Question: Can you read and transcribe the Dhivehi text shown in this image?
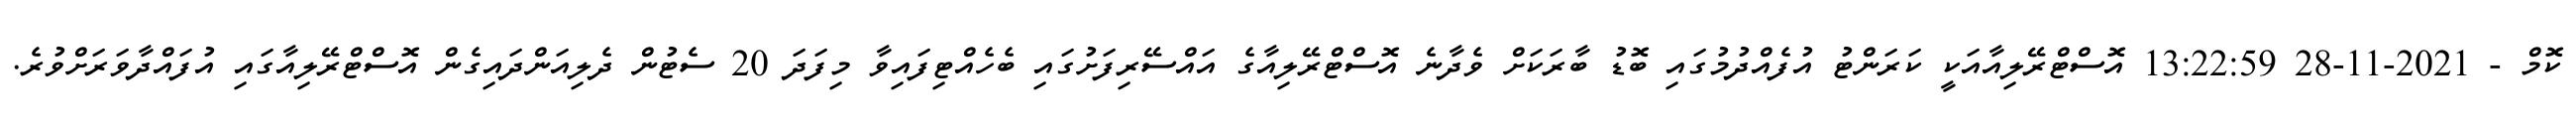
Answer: ކޮމް - 2021-11-28 13:22:59 އޮސްޓްރޭލިއާއަކީ ކަރަންޓު އުފެއްދުމުގައި ބޮޑު ބާރަކަށް ވެދާނެ އޮސްޓްރޭލިއާގެ އައްސޭރިފަށުގައި ބެހެއްޓިފައިވާ މިފަދަ 20 ސެޓުން ދެލިއަންދައިގެން އޮސްޓްރޭލިއާގައި އުފައްދާވަރަށްވުރެ.